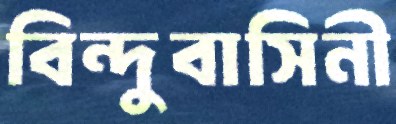
বিন্দুবাসিনী